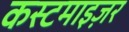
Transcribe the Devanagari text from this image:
कस्टमाइज़र